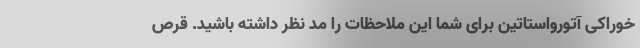
خوراکی آتورواستاتین برای شما این ملاحظات را مد نظر داشته باشید. قرص